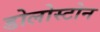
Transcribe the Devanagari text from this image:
डोलोस्टोन